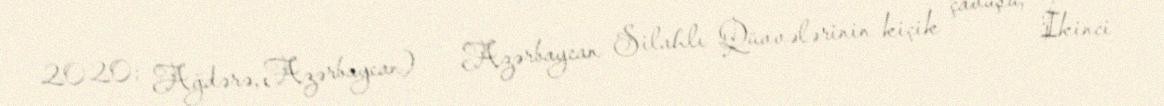
2020; Ağdərə, Azərbaycan) — Azərbaycan Silahlı Qüvvələrinin kiçik çavuşu, İkinci